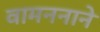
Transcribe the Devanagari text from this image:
वामननाने